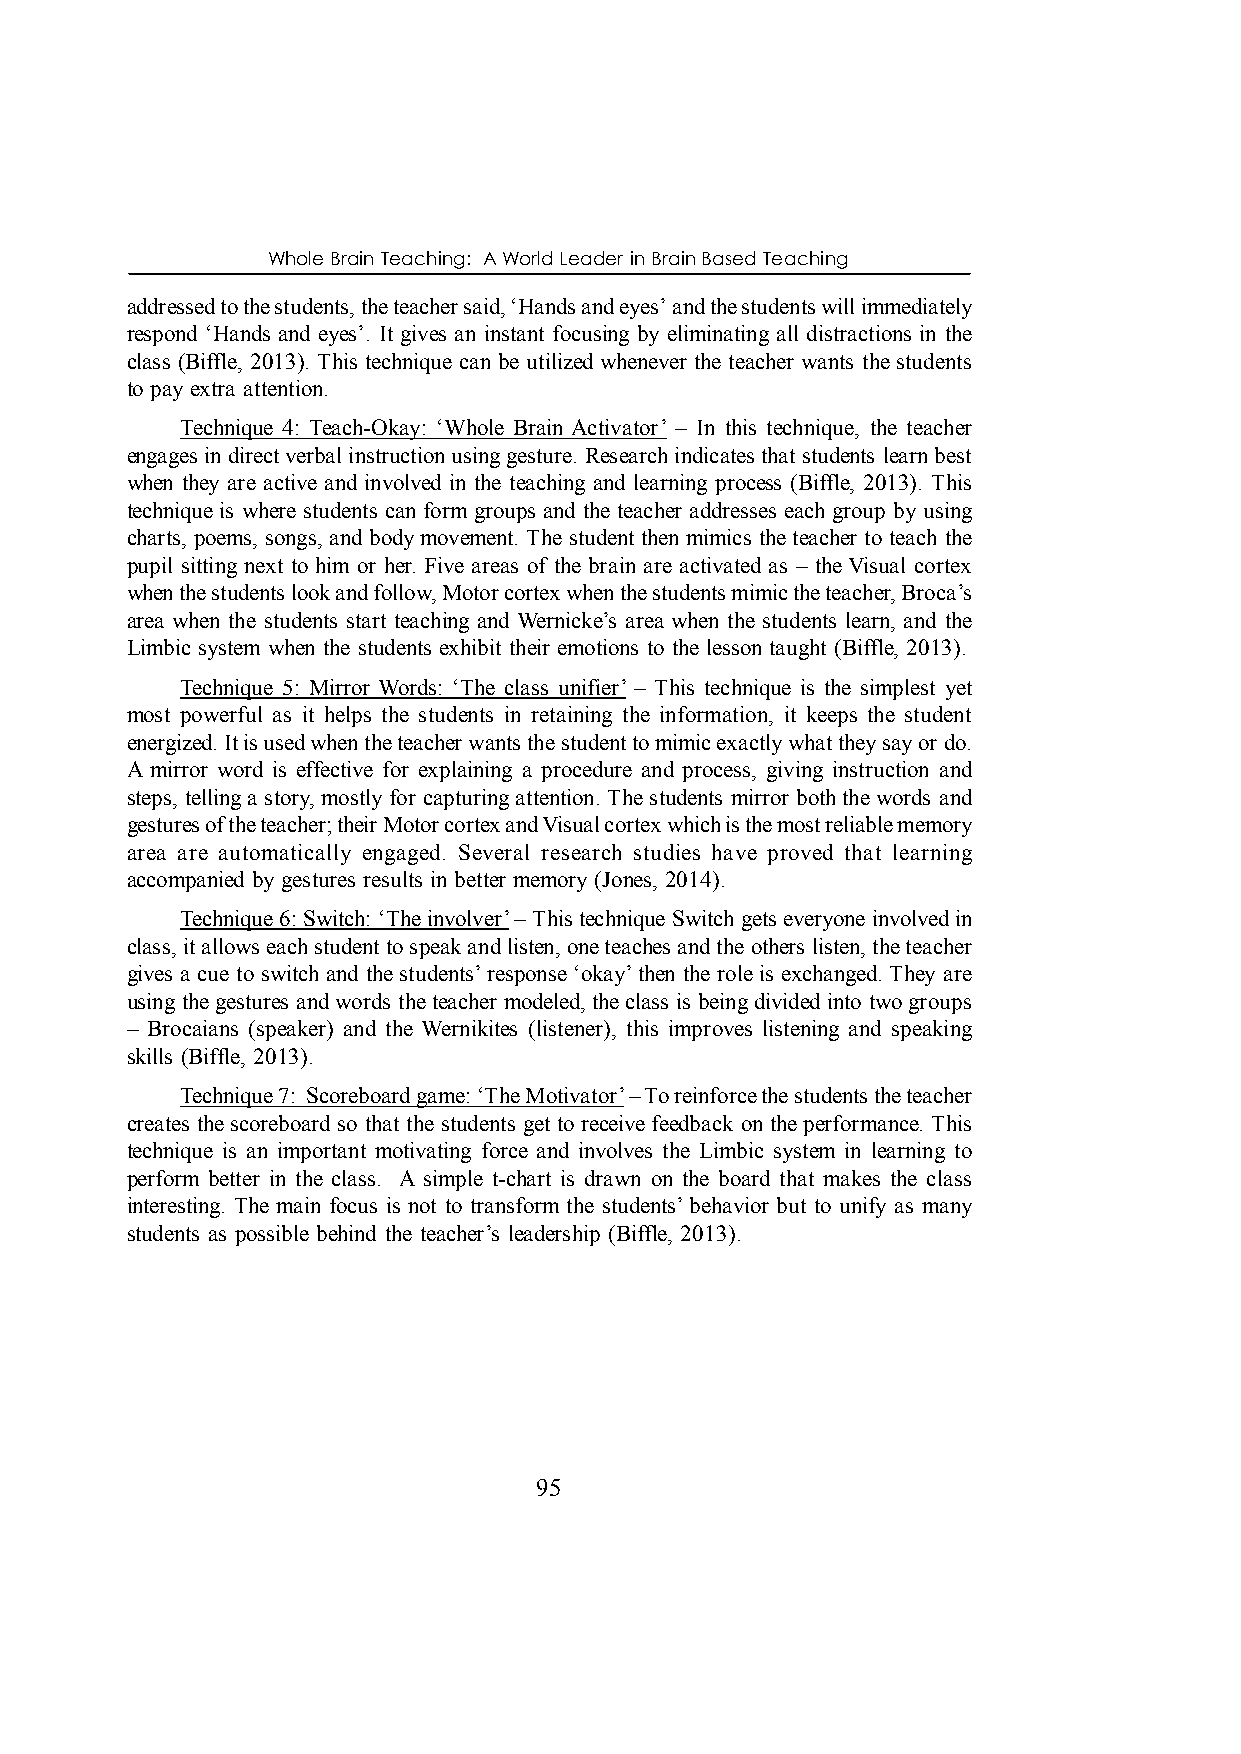
Whole Brain Teaching: A World Leader in Brain Based Teaching
 addressed to the students, the teacher said, ‘Hands and eyes’ and the students will immediately
 respond ‘Hands and eyes’. It gives an instant focusing by eliminating all distractions in the
 class (Biffle, 2013). This technique can be utilized whenever the teacher wants the students
 to pay extra attention.
 Technique 4: Teach-Okay: ‘Whole Brain Activator’ – In this technique, the teacher
 engages in direct verbal instruction using gesture. Research indicates that students learn best
 when they are active and involved in the teaching and learning process (Biffle, 2013). This
 technique is where students can form groups and the teacher addresses each group by using
 charts, poems, songs, and body movement. The student then mimics the teacher to teach the
 pupil sitting next to him or her. Five areas of the brain are activated as – the Visual cortex
 when the students look and follow, Motor cortex when the students mimic the teacher, Broca’s
 area when the students start teaching and Wernicke’s area when the students learn, and the
 Limbic system when the students exhibit their emotions to the lesson taught (Biffle, 2013).
 Technique 5: Mirror Words: ‘The class unifier’ – This technique is the simplest yet
 most powerful as it helps the students in retaining the information, it keeps the student
 energized. It is used when the teacher wants the student to mimic exactly what they say or do.
 A mirror word is effective for explaining a procedure and process, giving instruction and
 steps, telling a story, mostly for capturing attention. The students mirror both the words and
 gestures of the teacher; their Motor cortex and Visual cortex which is the most reliable memory
 area are automatically engaged. Several research studies have proved that learning
 accompanied by gestures results in better memory (Jones, 2014).
 Technique 6: Switch: ‘The involver’ – This technique Switch gets everyone involved in
 class, it allows each student to speak and listen, one teaches and the others listen, the teacher
 gives a cue to switch and the students’ response ‘okay’ then the role is exchanged. They are
 using the gestures and words the teacher modeled, the class is being divided into two groups
 – Brocaians (speaker) and the Wernikites (listener), this improves listening and speaking
 skills (Biffle, 2013).
 Technique 7: Scoreboard game: ‘The Motivator’ – To reinforce the students the teacher
 creates the scoreboard so that the students get to receive feedback on the performance. This
 technique is an important motivating force and involves the Limbic system in learning to
 perform better in the class. A simple t-chart is drawn on the board that makes the class
 interesting. The main focus is not to transform the students’ behavior but to unify as many
 students as possible behind the teacher’s leadership (Biffle, 2013).
 95